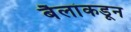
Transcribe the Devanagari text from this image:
बैलांकडून